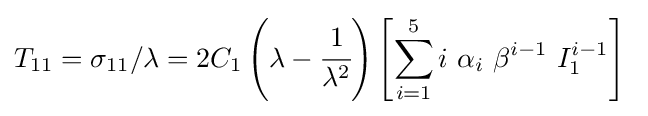
T_{11}=\sigma _{11}/\lambda =2C_{1}\left(\lambda -{\cfrac {1}{\lambda ^{2}}}\right)\left[\sum _{i=1}^{5}i~\alpha _{i}~\beta ^{i-1}~I_{1}^{i-1}\right]~